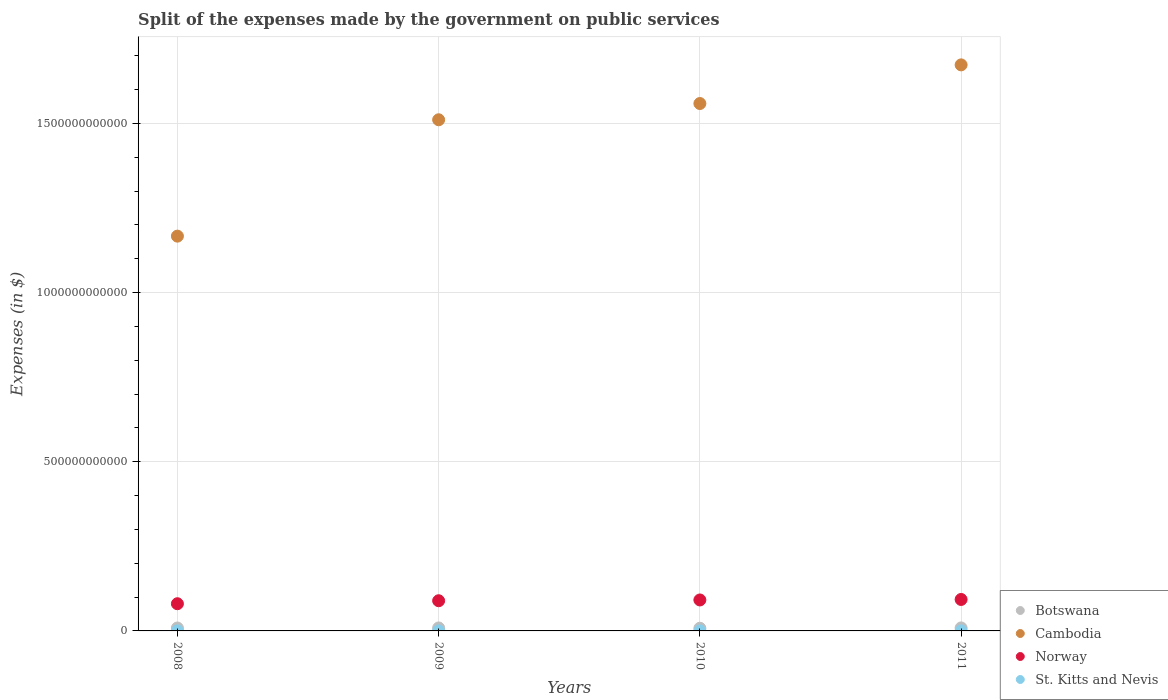
| Years | Botswana | Cambodia | Norway | St. Kitts and Nevis |
 | --- | --- | --- | --- | --- |
 | 2008 | 8.64e+09 | 1.17e+12 | 8.04e+10 | 1.37e+08 |
 | 2009 | 8.8e+09 | 1.51e+12 | 8.92e+10 | 1.29e+08 |
 | 2010 | 7.94e+09 | 1.56e+12 | 9.15e+10 | 1.18e+08 |
 | 2011 | 8.84e+09 | 1.67e+12 | 9.3e+10 | 1.76e+08 |